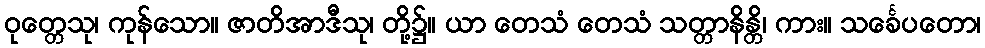
ဝုတ္တေသု၊ ကုန်သော။ ဇာတိအာဒီသု၊ တို့၌။ ယာ တေသံ တေသံ သတ္တာနိန္တိ၊ ကား။ သင်္ခေပတော၊